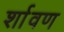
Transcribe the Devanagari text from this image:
र्शावण